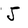
Character: J